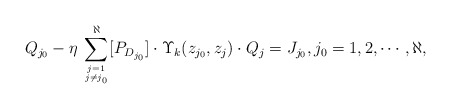
\begin{align*}Q_{j_0} - \eta \, \sum_{j = 1\atop j\neq j_0}^\aleph [P_{D_{j_0}}] \cdot \Upsilon_k(z_{j_0}, z_j) \cdot Q_j = J_{j_0}, j_0=1, 2, \cdots, \aleph,\end{align*}